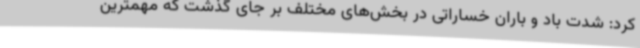
کرد: شدت باد و باران خساراتی در بخش‌های مختلف بر جای گذشت که مهمترین